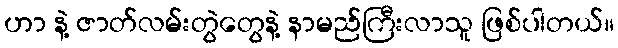
ဟာ နဲ့ ဇာတ်လမ်းတွဲတွေနဲ့ နာမည်ကြီးလာသူ ဖြစ်ပါတယ်။